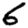
Digit: 6